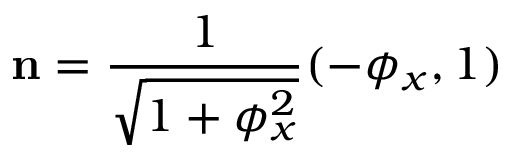
\mathbf { n } = \frac { 1 } { \sqrt { 1 + \phi _ { x } ^ { 2 } } } ( - \phi _ { x } , 1 )